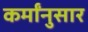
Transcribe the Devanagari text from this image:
कर्मांनुसार